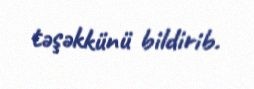
təşəkkünü bildirib.